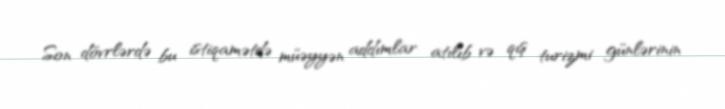
Son dövrlərdə bu istiqamətdə müəyyən addımlar atılıb və qış turizmi günlərinin